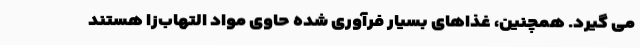
می گیرد. همچنین، غذاهای بسیار فرآوری شده حاوی مواد التهاب‌زا هستند